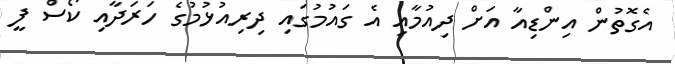
އެގޮތުން އިންޑިއާ އަށް ދިއުމާއި އެ ގައުމުގައި ދިރިއުޅުމުގެ ހަރަދާއި ކޯސް ފީ